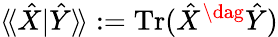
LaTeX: \langle\! \langle\hat{X}|\hat{Y}\rangle\! \rangle:=\operatorname{Tr}(\hat{X}^{\dag}\hat{Y})